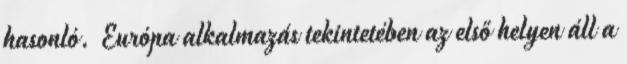
hasonló. Európa alkalmazás tekintetében az első helyen áll a